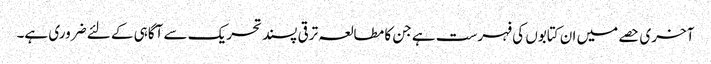
آخری حصے میں ان کتابوں کی فہرست ہے جن کا مطالعہ ترقی پسند تحریک سے آگاہی کے لئے ضروری ہے۔